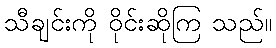
သီချင်းကို ဝိုင်းဆိုကြ သည်။